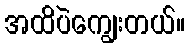
အထိပဲကျွေးတယ်။